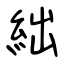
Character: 絀